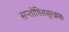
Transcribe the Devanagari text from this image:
सन्तोषितसुरव्रातः